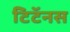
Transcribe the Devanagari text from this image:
टिटॅनस